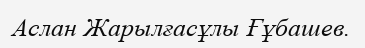
Аслан Жарылғасұлы Ғұбашев.